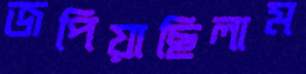
জপিয়াছিলাম